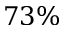
7 3 \%